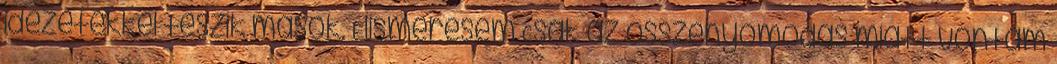
idézetekkel teszik mások. Elismerésem Csak az összenyomódás miatt vontam